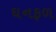
ઘનફળ